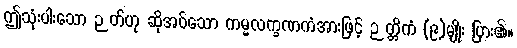
ဤသုံးပါးသော ဉတ်ဟု ဆိုအပ်သော ကမ္မလက္ခဏကံအားဖြင့် ဉတ္တိကံ (၉)မျိုး ပြား၏။